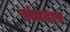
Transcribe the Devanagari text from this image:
संप्रदाए